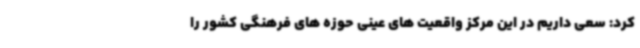
کرد: سعی داریم در این مرکز واقعیت های عینی حوزه های فرهنگی کشور را